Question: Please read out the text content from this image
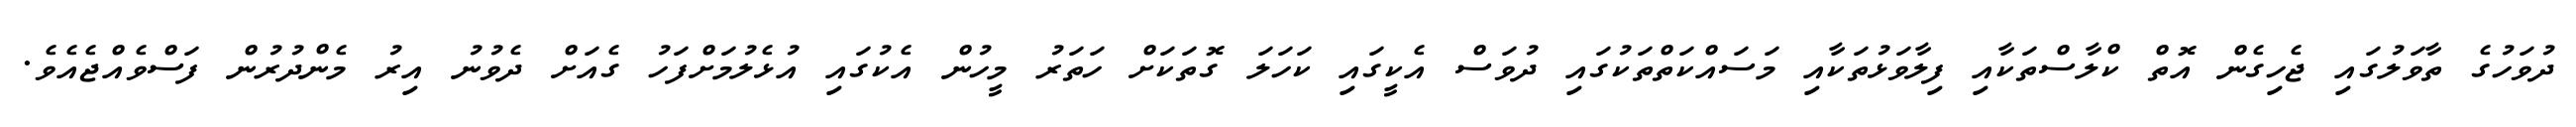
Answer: ދުވަހުގެ ތާވަލުގައި ޖެހިގެން އޮތް ކްލާސްތަކާއި ފިލާވަޅުތަކާއި މަސައްކަތްތަކުގައި ދުވަސް އެކީގައި ކަހަލަ ގޮތަކަށް ހަތަރު މީހުން އެކުގައި އުޅެލުމަށްފަހު ގެއަށް ދެވުނު އިރު މެންދުރުން ފަސްވެއްޖެއެވެ.